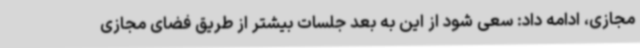
مجازی، ادامه داد: سعی شود از این به بعد جلسات بیشتر از طریق فضای مجازی